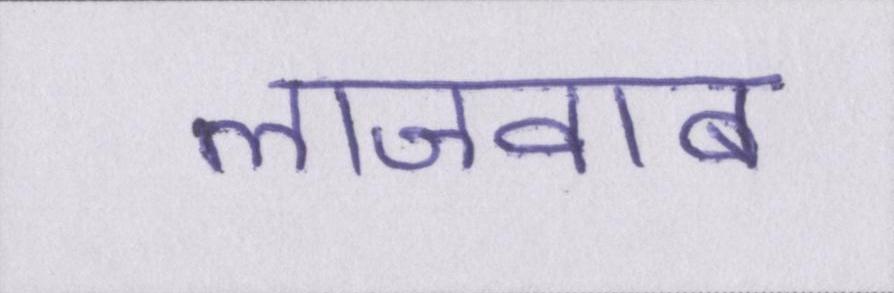
लाजवाब